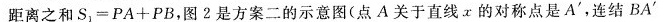
距离之和$$S _ { 1 } = P A + P B$$，图2是方案二的示意图(点A关于直线。x的对称点是A'，连结BA'